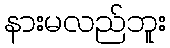
နားမလည်ဘူး